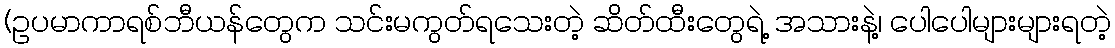
(ဥပမာကာရစ်ဘီယန်တွေက သင်းမကွတ်ရသေးတဲ့ ဆိတ်ထီးတွေရဲ့ အသားနဲ့၊ ပေါပေါများများရတဲ့